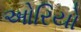
ઓરિયો